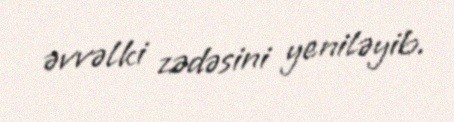
əvvəlki zədəsini yeniləyib.